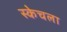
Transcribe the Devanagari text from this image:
स्केचला